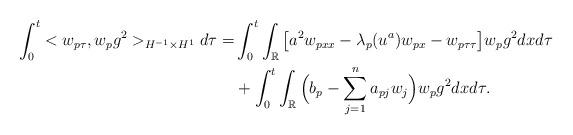
LaTeX: \begin{align*}\int_0^t <w_{p\tau}, w_p g^2>_{H^{-1}\times H^1}d\tau=& \int_0^t\int_\mathbb{R}\big[ a^2 w_{pxx} - \lambda_p(u^a) w_{px} - w_{p\tau\tau}\big] w_p g^2 dxd\tau\\&+ \int_0^t\int_\mathbb{R} \Big(b_p - \sum_{j = 1}^n a_{pj}w_j\Big) w_p g^2 dxd\tau.\end{align*}